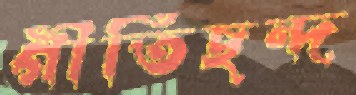
গীতিছন্দ